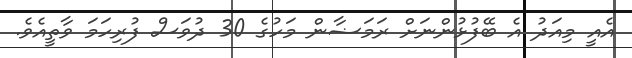
އެއީ މިއަދު އެ ބޭފުޅުންނަށް ރަމަޟާން މަހުގެ 30 ދުވަސް ފުރިހަމަ ވާތީއެވެ.